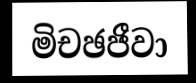
මිචඡජීවා